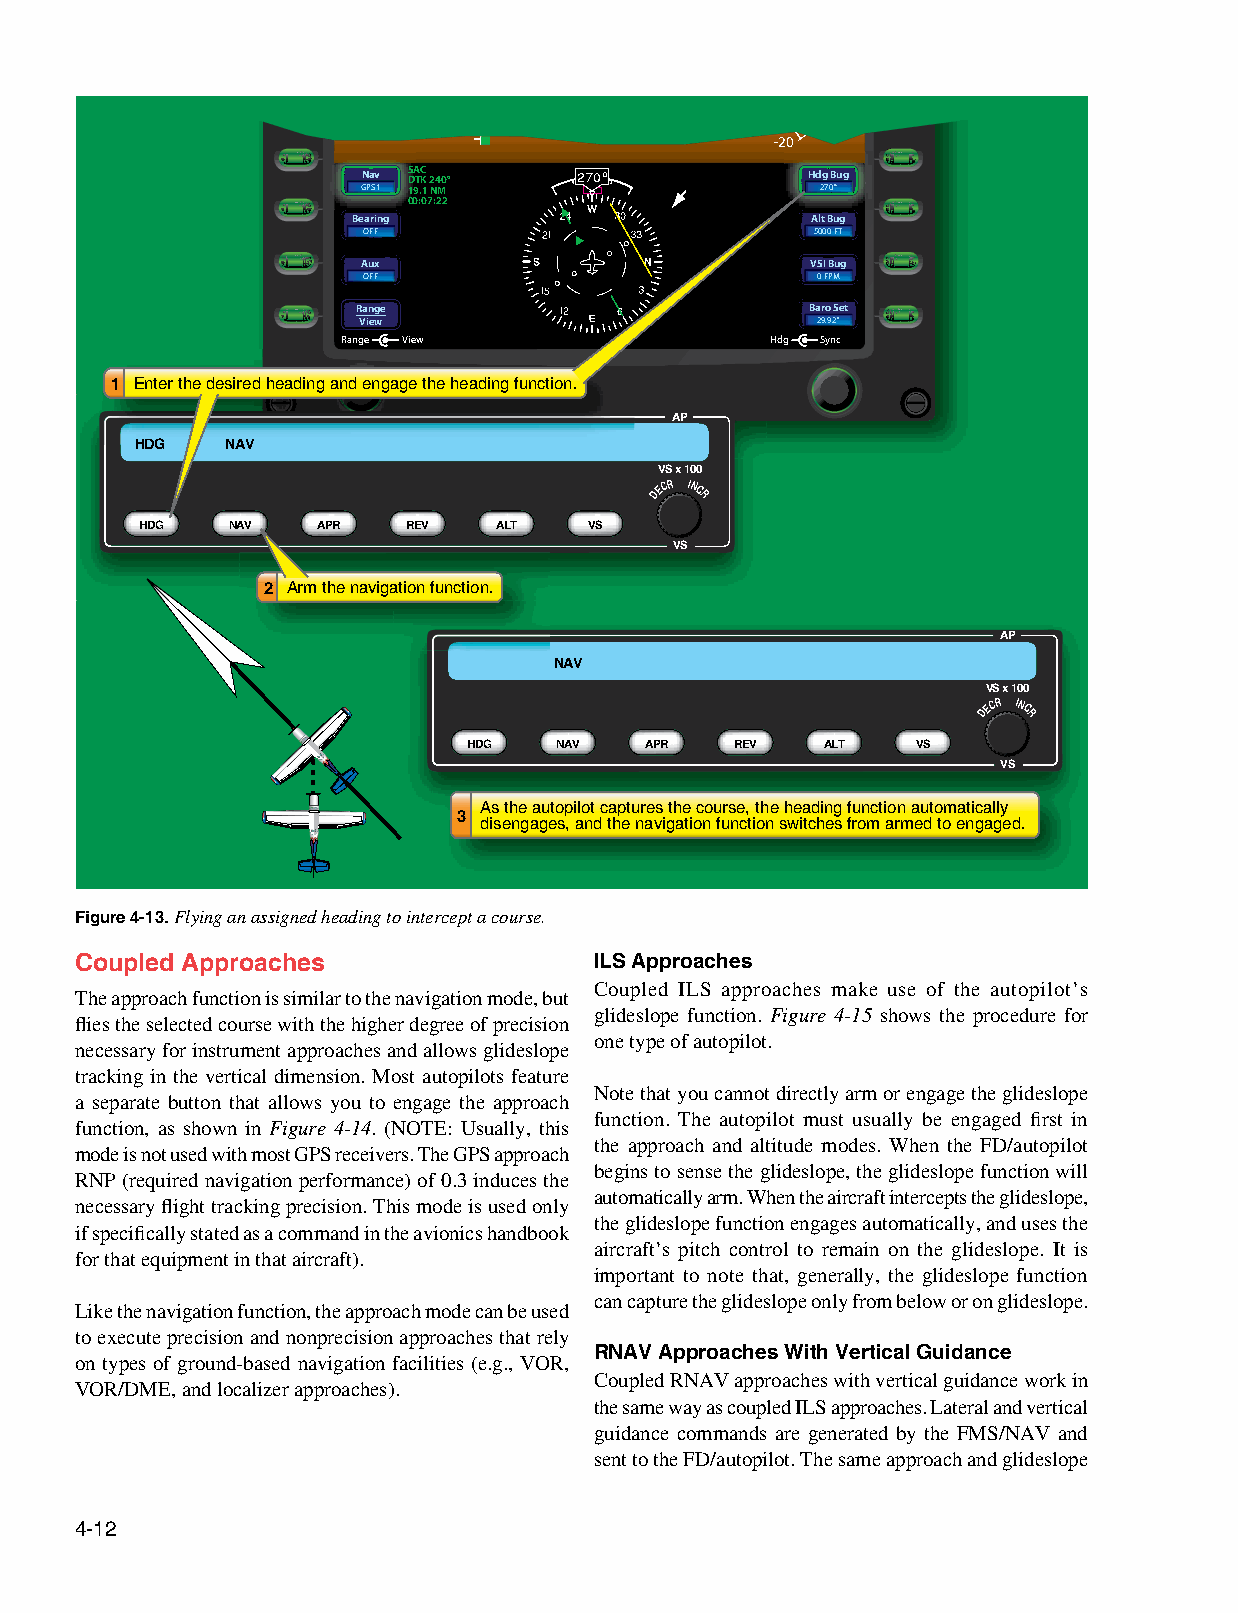
-10
 -20
 Nav S DA TC K 240° 270°      Hdg Bug
 GPS1 19.1 NM                  270°
 00:07:22
 Bearing                        Alt Bug
 OFF                           5000 FT
 Aux                           VSI Bug
 OFF                           0 FPM
 Range                         Baro Set
 View                          29.92"
 Range View                  Hdg Sync
 1 Enter the desired heading and engage the heading function.
 AP
 HHDDGG NNAAVV
 VS x 100
 DECR INCR
 HDG   NAV   APR   REV   ALT   VS
 VS
 2 Arm the navigation function.
 AP
 NAV
 VS x 100
 DECR INCR
 HDG   NAV   APR   REV   ALT   VS
 VS
 As the autopilot captures the course, the heading function automatically
 3
 disengages, and the navigation function switches from armed to engaged.
 Figure 4-13. Flying an assigned heading to intercept a course.
 Coupled Approaches                ILS Approaches
 Coupled ILS approaches make use of the autopilot’s
 The approach function is similar to the navigation mode, but
 glideslope function. Figure 4-15 shows the procedure for
 flies the selected course with the higher degree of precision
 one type of autopilot.
 necessary for instrument approaches and allows glideslope
 tracking in the vertical dimension. Most autopilots feature
 Note that you cannot directly arm or engage the glideslope
 a separate button that allows you to engage the approach
 function. The autopilot must usually be engaged first in
 function, as shown in Figure 4-14. (NOTE: Usually, this
 the approach and altitude modes. When the FD/autopilot
 mode is not used with most GPS receivers. The GPS approach
 begins to sense the glideslope, the glideslope function will
 RNP (required navigation performance) of 0.3 induces the
 automatically arm. When the aircraft intercepts the glideslope,
 necessary flight tracking precision. This mode is used only
 the glideslope function engages automatically, and uses the
 if specifically stated as a command in the avionics handbook
 aircraft’s pitch control to remain on the glideslope. It is
 for that equipment in that aircraft).
 important to note that, generally, the glideslope function
 can capture the glideslope only from below or on glideslope.
 Like the navigation function, the approach mode can be used
 to execute precision and nonprecision approaches that rely
 RNAV Approaches With Vertical Guidance
 on types of ground‑based navigation facilities (e.g., VOR,
 Coupled RNAV approaches with vertical guidance work in
 VOR/DME, and localizer approaches).
 the same way as coupled ILS approaches. Lateral and vertical
 guidance commands are generated by the FMS/NAV and
 sent to the FD/autopilot. The same approach and glideslope
 4-12